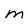
Character: M